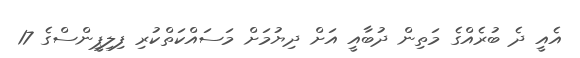
އެއީ ދެ ބުރެއްގެ މަތިން ދުބާއީ އަށް ދިޔުމަށް މަސައްކަތްކުރި ފިލިޕީންސްގެ 17